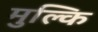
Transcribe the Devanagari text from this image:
मुल्कि